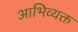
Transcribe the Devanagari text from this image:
आभिव्यक्त